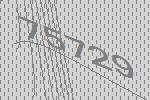
75729